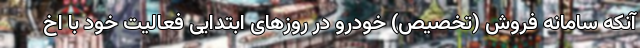
آنکه سامانه فروش (تخصیص) خودرو در روزهای ابتدایی فعالیت خود با اخ